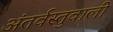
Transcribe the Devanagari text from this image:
अंतर्वस्तुवाली